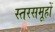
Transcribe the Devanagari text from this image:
स्तरसमूहों